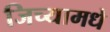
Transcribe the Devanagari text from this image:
जिच्यामधे